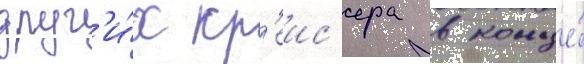
друг'и́х кр'еис'ера в конце́